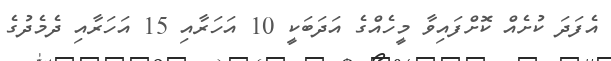
އެފަދަ ކުށެއް ކޮށްފައިވާ މީހެއްގެ އަދަބަކީ 10 އަހަރާއި 15 އަހަރާއި ދެމެދުގެ